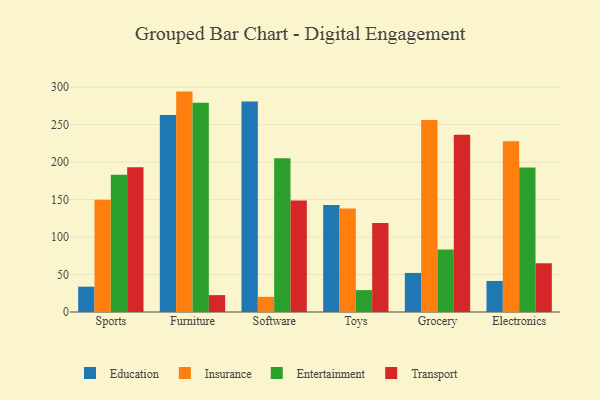
{"axis": {"x": "Category", "y": "Demand Index"}, "legend": ["Education", "Entertainment", "Insurance", "Transport"], "data": [{"x": "Sports", "y": 33.8, "type": "Education"}, {"x": "Sports", "y": 149.7, "type": "Insurance"}, {"x": "Sports", "y": 183.0, "type": "Entertainment"}, {"x": "Sports", "y": 193.2, "type": "Transport"}, {"x": "Furniture", "y": 262.9, "type": "Education"}, {"x": "Furniture", "y": 294.0, "type": "Insurance"}, {"x": "Furniture", "y": 279.2, "type": "Entertainment"}, {"x": "Furniture", "y": 22.5, "type": "Transport"}, {"x": "Software", "y": 280.9, "type": "Education"}, {"x": "Software", "y": 20.2, "type": "Insurance"}, {"x": "Software", "y": 205.1, "type": "Entertainment"}, {"x": "Software", "y": 148.6, "type": "Transport"}, {"x": "Toys", "y": 142.7, "type": "Education"}, {"x": "Toys", "y": 138.2, "type": "Insurance"}, {"x": "Toys", "y": 29.2, "type": "Entertainment"}, {"x": "Toys", "y": 118.7, "type": "Transport"}, {"x": "Grocery", "y": 52.1, "type": "Education"}, {"x": "Grocery", "y": 256.0, "type": "Insurance"}, {"x": "Grocery", "y": 83.3, "type": "Entertainment"}, {"x": "Grocery", "y": 236.5, "type": "Transport"}, {"x": "Electronics", "y": 41.4, "type": "Education"}, {"x": "Electronics", "y": 227.9, "type": "Insurance"}, {"x": "Electronics", "y": 192.7, "type": "Entertainment"}, {"x": "Electronics", "y": 65.0, "type": "Transport"}]}